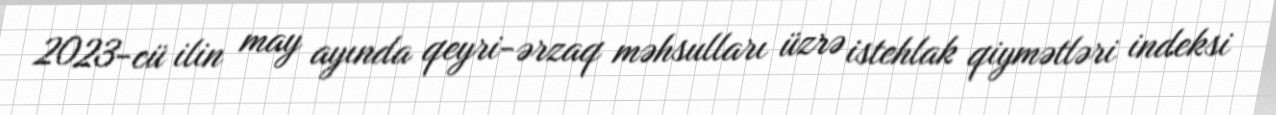
2023-cü ilin may ayında qeyri-ərzaq məhsulları üzrə istehlak qiymətləri indeksi